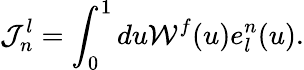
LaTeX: {\cal J}_{n}^{l}=\int_{0}^{1}du{\cal W}^{f}(u)e_{l}^{n}(u).